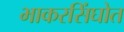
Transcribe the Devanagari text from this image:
भाकरसिंघोत